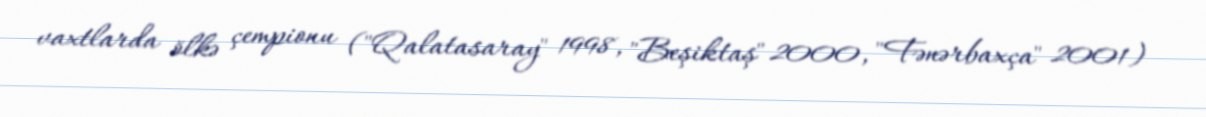
vaxtlarda ölkə çempionu ("Qalatasaray" 1998, "Beşiktaş" 2000, "Fənərbaxça" 2001)